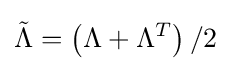
{\tilde {\Lambda }}=\left(\Lambda +\Lambda ^{T}\right)/2